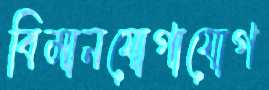
বিমানযোগাযোগ